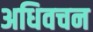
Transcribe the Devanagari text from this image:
अधिवचन